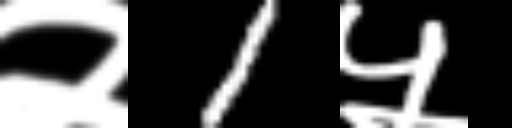
Text: २1५